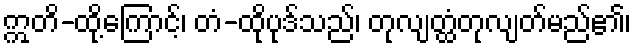
ဣတိ-ထို့ကြောင့်၊ တံ-ထိုပုဒ်သည်၊ တုလျတ္ထံတုလျတ်မည်၏၊